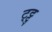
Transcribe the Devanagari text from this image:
ट्ट्टु